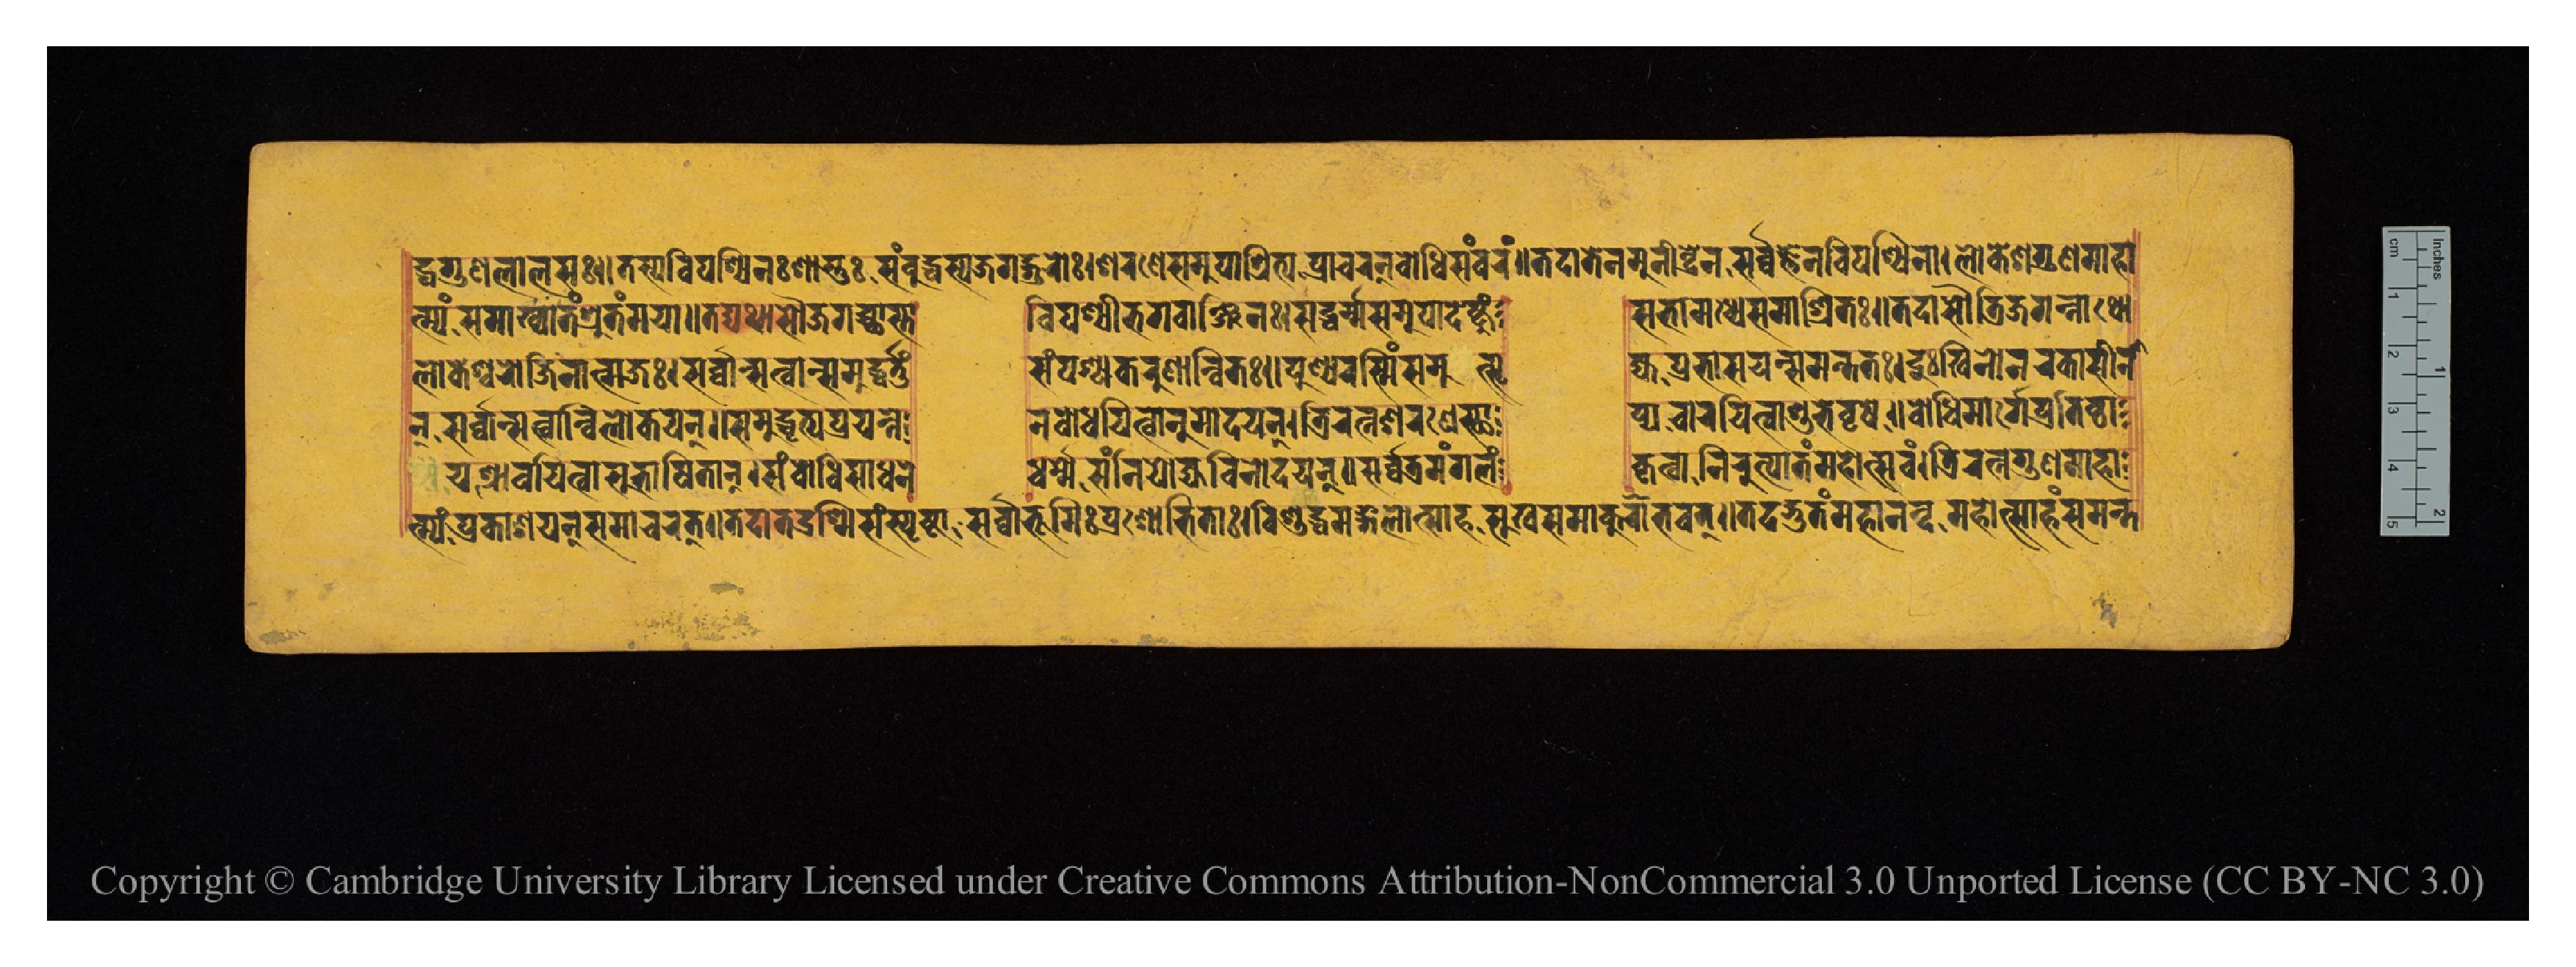
𑐡𑑂𑐢𑐐𑐸𑐞𑐮𑐵𑐮𑐳𑑅𑑌𑐟𑐳𑑂𑐫𑐰𑐶𑐥𑐱𑑂𑐫𑐶𑐣𑑅𑐱𑐵𑐳𑑂𑐟𑐸𑑅𑐳𑑄𑐧𑐸𑐡𑑂𑐢𑐳𑑂𑐫𑐖𑐐𑐡𑑂𑐐𑐸𑐬𑑀𑑅𑑋𑐱𑐬𑐞𑐾𑐳𑐩𑐸𑐥𑐵𑐱𑑂𑐬𑐶𑐟𑑂𑐫𑐥𑑂𑐬𑐵𑐔𑐬𑐣𑑂𑐧𑑀𑐢𑐶𑐳𑑄𑐰𑐬𑑄𑑌𑐟𑐡𑐵𑐟𑐾𑐣𑐩𑐸𑐣𑐷𑐣𑑂𑐡𑑂𑐬𑐾𑐞𑐳𑐬𑑂𑐰𑑂𑐰𑐖𑑂𑐘𑐾𑐣𑐰𑐶𑐥𑐱𑑂𑐫𑐶𑐣𑐵𑑋𑐮𑑀𑐎𑐾𑐱𑐐𑐸𑐞𑐩𑐵𑐴𑐵 𑐟𑑂𑐫𑑄𑐳𑐩𑐵𑐀𑐏𑑂𑐫𑐵𑐟𑑄𑐱𑑂𑐬𑐸𑐟𑑄𑐩𑐫𑐵𑑌𑐟𑐡𑑂𑐫𑐠𑐵𑐳𑑁𑐖𑐐𑐔𑑂𑐕𑐵𑐳𑑂𑐟𑐵  𑐰𑐶𑐥𑐱𑑂𑐫𑐷𑐨𑐐𑐰𑐵𑐣𑑂𑐖𑐶𑐣𑑅𑑋𑐳𑐡𑑂𑐢𑐬𑑂𑐩𑑂𑐩𑑄𑐳𑐩𑐸𑐥𑐵𑐡𑐾𑐲𑑂𑐚𑐸𑑄  𑐳𑐨𑐵𑐩𑐢𑑂𑐫𑐾𑐳𑐩𑐵𑐀𑐱𑑂𑐬𑐶𑐟𑑅𑑌𑐟𑐡𑐵𑐳𑑁𑐟𑑂𑐬𑐶𑐖𑐐𑐣𑑂𑐣𑐵𑐠𑑀 𑐮𑑀𑐎𑐾𑐱𑑂𑐰𑐬𑑀𑐖𑐶𑐣𑐵𑐟𑑂𑐩𑐖𑑅𑑋𑐳𑐬𑑂𑐰𑑂𑐰𑐵𑐣𑑂𑐳𑐟𑑂𑐰𑐵𑐣𑑂𑐳𑐩𑐸𑐡𑑂𑐢𑐬𑑂𑐟𑐸𑑄  𑐳𑑄𑐥𑐱𑑂𑐫𑐣𑑂𑐎𑐬𑐸𑐞𑐵𑐣𑑂𑐰𑐶𑐟𑑅𑑌𑐥𑐸𑐞𑑂𑐫𑐬𑐳𑑂𑐩𑐶𑑄𑐳𑐩𑐸𑐟𑑂𑐳𑐺  𑐖𑑂𑐫𑐥𑑂𑐬𑐨𑐵𑐳𑐫𑐣𑑂𑐳𑐩𑐣𑑂𑐟𑐟𑑅𑑋𑐡𑐸𑑅𑐏𑐶𑐣𑑀𑐣𑐬𑐎𑐵𑐳𑐷𑐣𑐵 𑐣𑑂𑐳𑐬𑑂𑐰𑑂𑐰𑐵𑐣𑑂𑐳𑐟𑑂𑐰𑐵𑐣𑑂𑐰𑐶𑐮𑑀𑐎𑐫𑐣𑑂𑑌𑐳𑐩𑐸𑐡𑑂𑐢𑐺𑐟𑑂𑐫𑐥𑑂𑐬𑐫𑐟𑑂𑐣𑐾  𑐣𑐧𑑀𑐢𑐫𑐶𑐟𑑂𑐰𑐵𑐣𑐸𑐩𑑀𑐡𑐫𑐣𑑂𑑋𑐟𑑂𑐬𑐶𑐬𑐟𑑂𑐣𑐱𑐬𑐞𑐾𑐳𑑂𑐠𑐵  𑐥𑑂𑐫𑐔𑐵𑐬𑐫𑐶𑐟𑑂𑐰𑐵𑐱𑐸𑐨𑐾𑐰𑐺𑐲𑐾𑑌𑐧𑑀𑐢𑐶𑐩𑐵𑐬𑑂𑐐𑐾𑐥𑑂𑐬𑐟𑐶𑐲𑑂𑐛𑐵 𑐫𑐱𑑂𑐬𑐵𑐰𑐫𑐶𑐟𑑂𑐰𑐵𑐳𑐸𑐨𑐵𑐲𑐶𑐟𑐵𑐣𑑂𑑋𑐳𑑄𑐧𑑀𑐢𑐶𑐳𑐵𑐢𑐣𑐾  𑐢𑐬𑑂𑐩𑐾𑐳𑑄𑐣𑐶𑐫𑑀𑐖𑑂𑐫𑐰𑐶𑐣𑑀𑐡𑐫𑐣𑑂𑑌𑐳𑐬𑑂𑐰𑑂𑐰𑐟𑑂𑐬𑐩𑑄𑐐𑐮𑑄  𑐎𑐺𑐟𑑂𑐰𑐵𑐣𑐶𑐬𑐸𑐥𑐵𑐟𑑄𑐩𑐴𑑀𑐟𑑂𑐳𑐰𑑄𑑋𑐟𑑂𑐬𑐶𑐬𑐟𑑂𑐣𑐐𑐸𑐞𑐩𑐵𑐴𑐵 𑐟𑑂𑐩𑑂𑐫𑑄𑐥𑑂𑐬𑐎𑐵𑐱𑐫𑐣𑑂𑐳𑐩𑐵𑐔𑐬𑐟𑑂𑑌𑐟𑐡𑐵𑐟𑐡𑑂𑐬𑐱𑑂𑐩𑐶𑐳𑑄𑐳𑑂𑐥𑐺𑐲𑑂𑐚𑐵𑐳𑐬𑑂𑐰𑑂𑐰𑐵𑐨𑐸𑐩𑐶𑑅𑐥𑑂𑐬𑐱𑑀𑐨𑐶𑐟𑐵𑑅𑑋𑐰𑐶𑐱𑐸𑐡𑑂𑐢𑐩𑑄𑐐𑐮𑑀𑐟𑑂𑐳𑐵𑐴𑐳𑐸𑐏𑐳𑐩𑐵𑐎𑐸𑐮𑐵𑐨𑐰𑐟𑑂𑑌𑐟𑐡𑐡𑑂𑐨𑐸𑐟𑑄𑐩𑐴𑐵𑐣𑐣𑑂𑐡𑑄𑐩𑐴𑑀𑐟𑑂𑐳𑐵𑐴𑑄𑐳𑐩𑐣𑑂𑐟